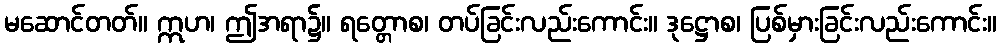
မဆောင်တတ်။ ဣဟ၊ ဤအရာ၌။ ရတ္တောစ၊ တပ်ခြင်းလည်းကောင်း။ ဒုဋ္ဌောစ၊ ပြစ်မှားခြင်းလည်းကောင်း။